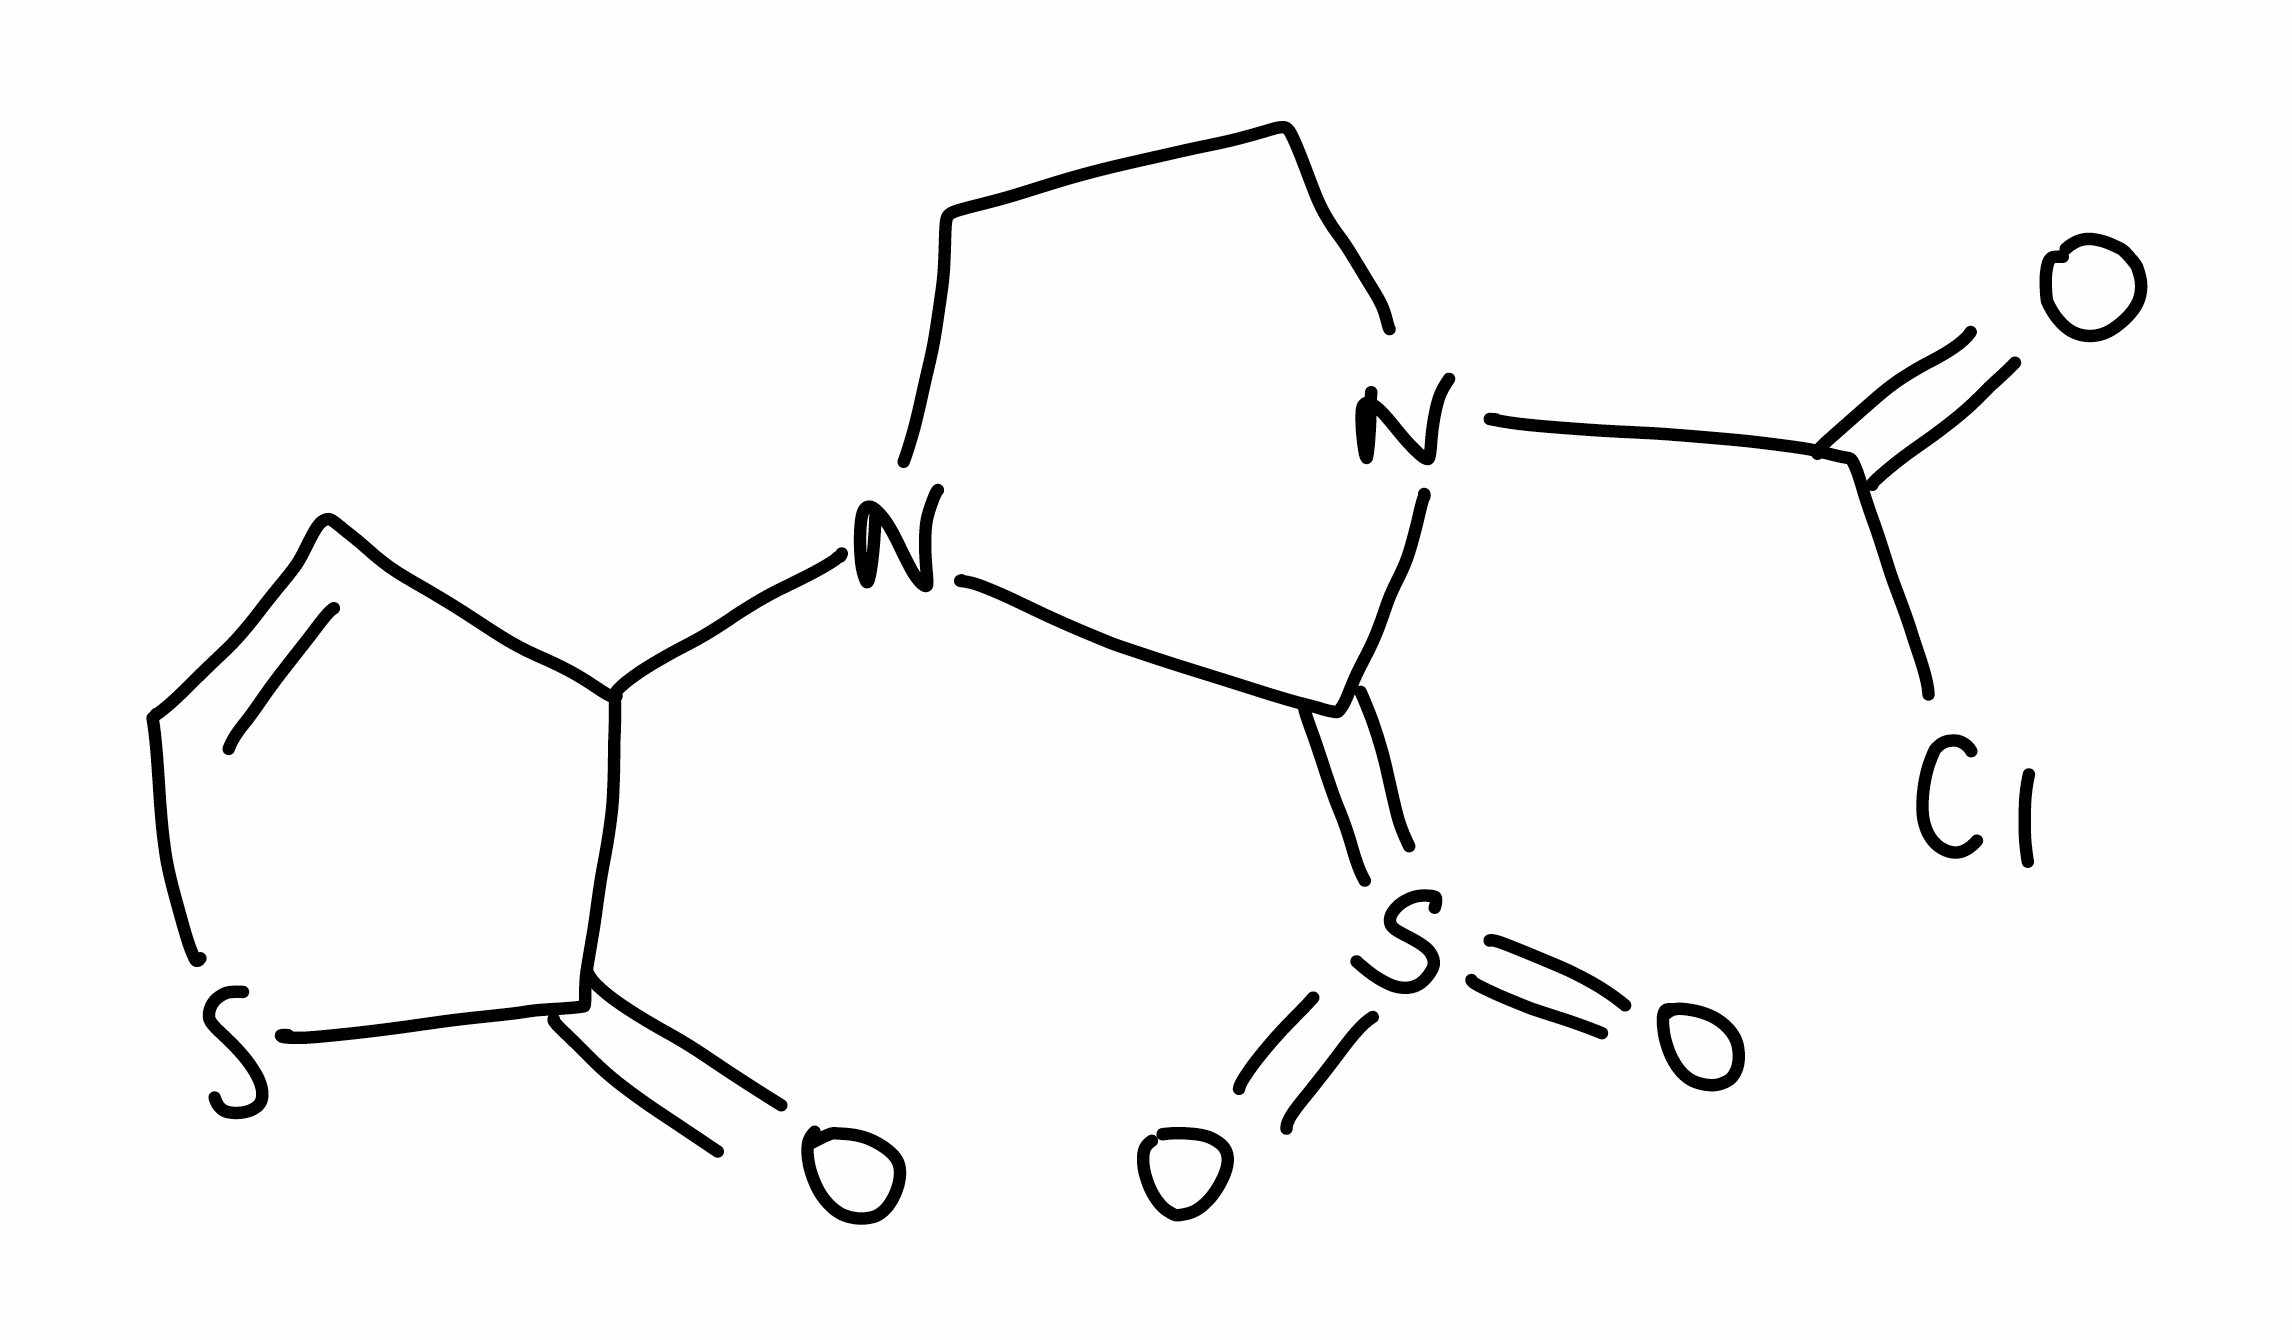
Simplified molecular-input line-entry system (SMILES) notation of the given molecule:
C1CN(C(=S(=O)=O)N1C2C=CSC2=O)C(=O)Cl